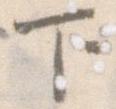
下